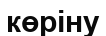
көріну